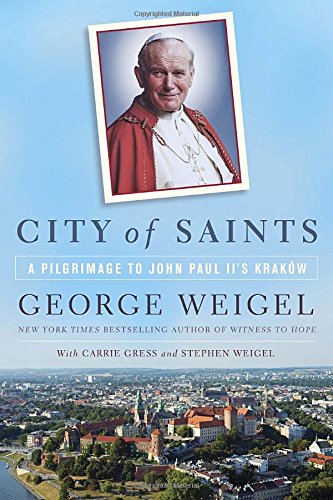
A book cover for City of Saints: A Pilgrimage to John Paul II's KrakÃ³w; George Weigel; Travel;